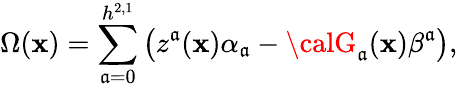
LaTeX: \Omega(\mathbf{x})=\sum_{\mathfrak{a}=0}^{h^{2,1}}\left(z^{\mathfrak{a}}(\mathbf{x})\alpha_{\mathfrak{a}}-{\calG}_{\mathfrak{a}}(\mathbf{x})\beta^{\mathfrak{a}}\right),